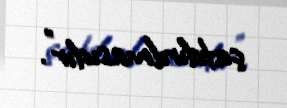
çatdırılmasıdır”.